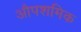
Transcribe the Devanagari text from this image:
औपशमिक